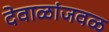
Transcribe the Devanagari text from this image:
देवाळांजवळ